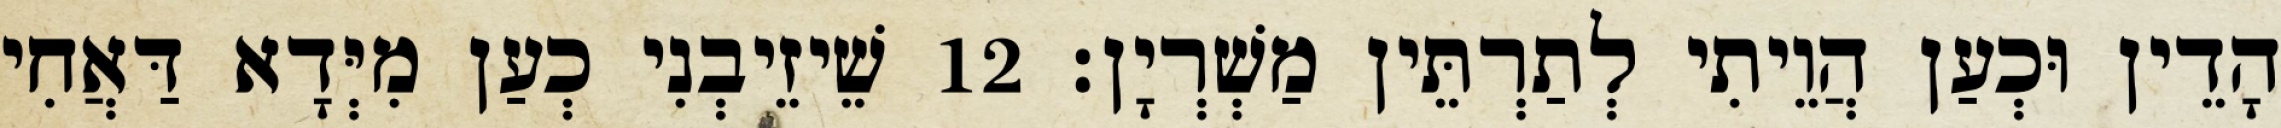
הָדֵין וּכְעַן הֲוֵיתִי לְתַרְתֵּין מַשְׁרְיָן׃ 12 שֵׁיזֵיבְנִי כְעַן מִיְּדָא דַּאֲחִי